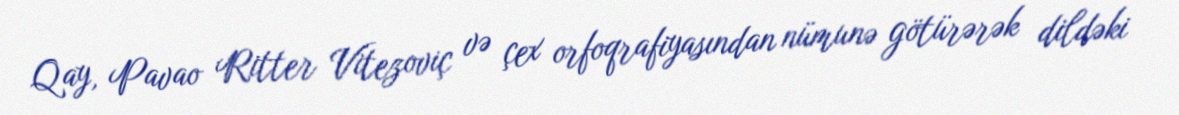
Qay, Pavao Ritter Vitezoviç və çex orfoqrafiyasından nümunə götürərək dildəki